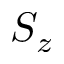
S _ { z }